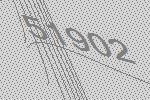
51902